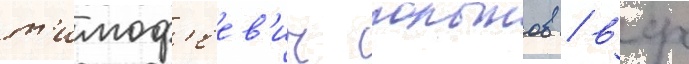
т'имоф'еев'ич полынов / вср